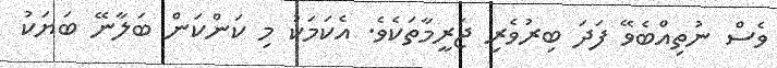
ވެސް ނުތިއްބެވޭ ފަދަ ބިރުވެރި ޖަރީމާތަކެވެ. އެކަމަކު މި ކަންކަން ބަލާނޭ ބަޔަކު